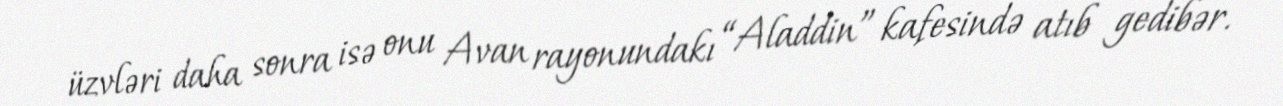
üzvləri daha sonra isə onu Avan rayonundakı “Aladdin” kafesində atıb gedibər.